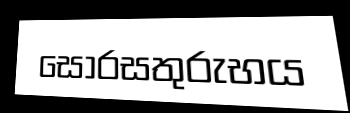
සොරසතුරුභය